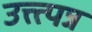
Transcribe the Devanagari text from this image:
उत्त्त्पन्न